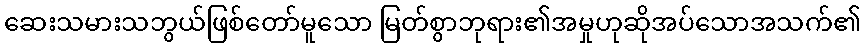
ဆေးသမားသဘွယ်ဖြစ်တော်မူသော မြတ်စွာဘုရား၏အမှုဟုဆိုအပ်သောအသက်၏